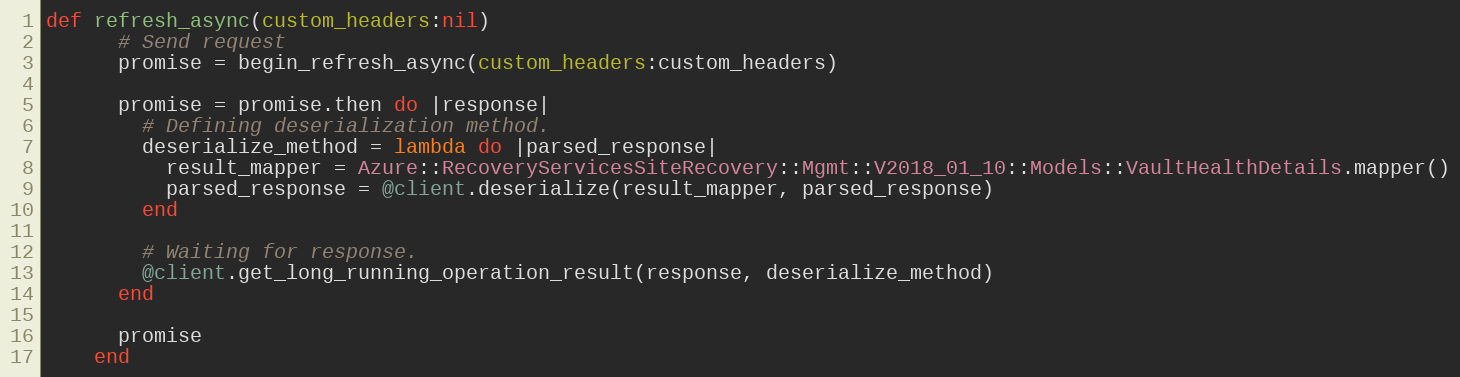
Language: Ruby
def refresh_async(custom_headers:nil)
      # Send request
      promise = begin_refresh_async(custom_headers:custom_headers)

      promise = promise.then do |response|
        # Defining deserialization method.
        deserialize_method = lambda do |parsed_response|
          result_mapper = Azure::RecoveryServicesSiteRecovery::Mgmt::V2018_01_10::Models::VaultHealthDetails.mapper()
          parsed_response = @client.deserialize(result_mapper, parsed_response)
        end

        # Waiting for response.
        @client.get_long_running_operation_result(response, deserialize_method)
      end

      promise
    end